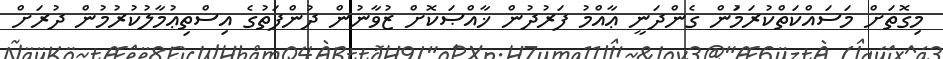
މިގޮތަށް މަސައްކަތްކުރަމަުން ގެންދަނީ ޢާއްމު ފަރުދުން ޚާއްޞަކޮށް ޒުވާނުން ދުންފަތުގެ އިސްތިޢުމާލުކުރުމުން ދުރަށް